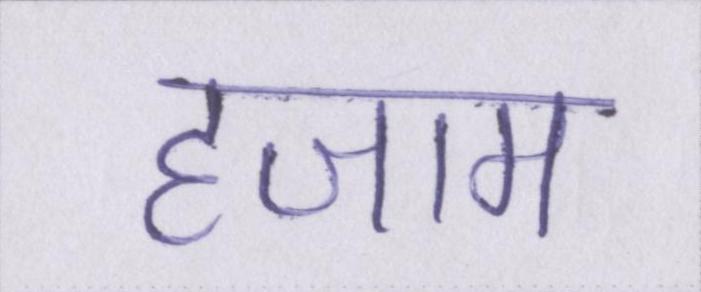
हजाम